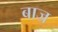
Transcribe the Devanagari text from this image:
बाज्र